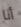
أنا